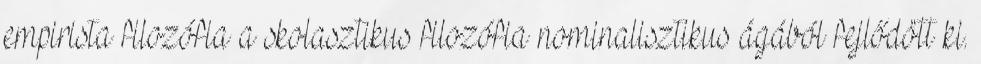
empirista filozófia a skolasztikus filozófia nominalisztikus ágából fejlődött ki.